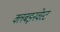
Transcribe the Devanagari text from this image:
क्लबइनवेस्ट